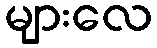
များလေ